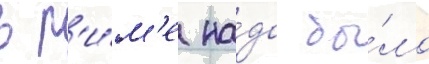
в р'и́м'е на́до бы́ло